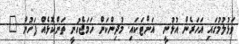
ވަޅުލުމުގައި އަހަރެން އުޅުނީ  އަށްޓަކައި. މުދިންކަން ހަމަޖެހުނީ ތަންކޮޅެއް ފަހުން "